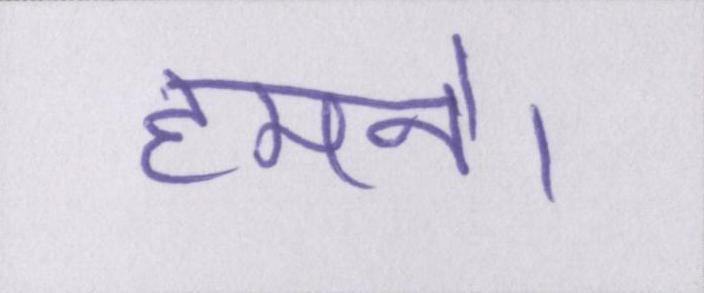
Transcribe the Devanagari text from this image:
हमने।